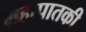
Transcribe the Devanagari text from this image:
महापातकी